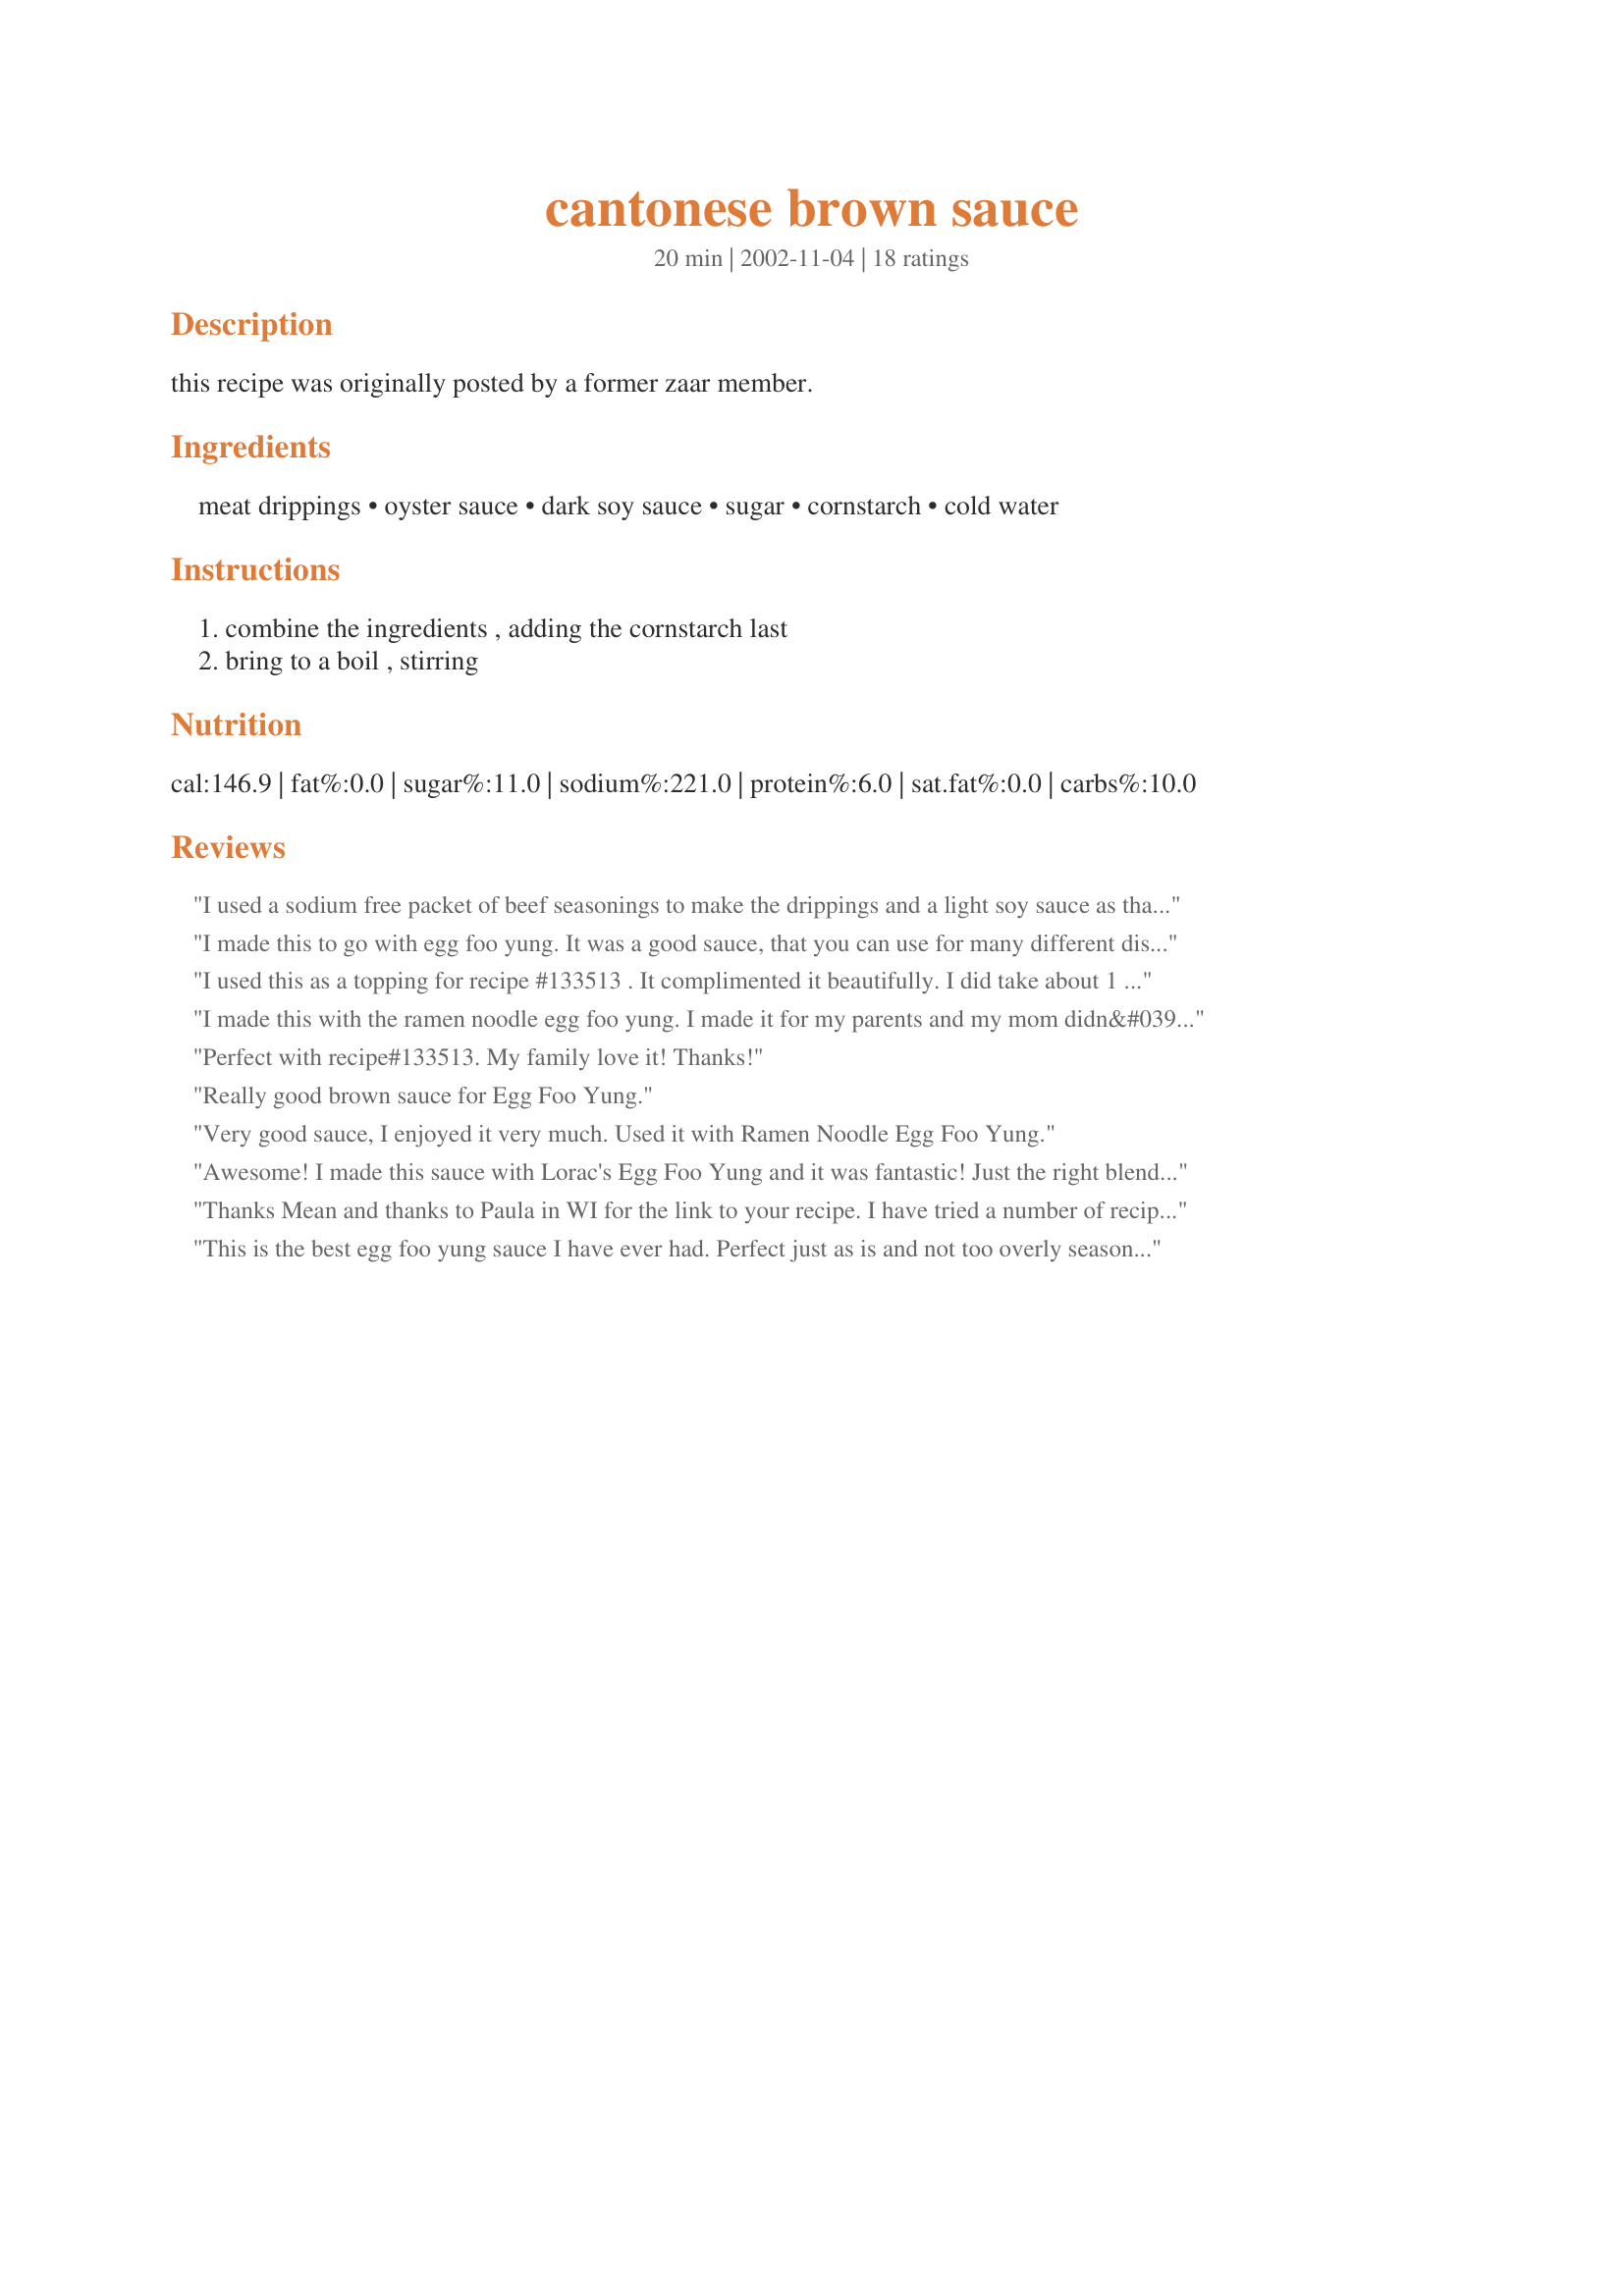
cantonese brown sauce
Preparation time: 20 minutes

this recipe was originally posted by a former zaar member.

Ingredients:
meat drippings, oyster sauce, dark soy sauce, sugar, cornstarch, cold water

Steps:
combine the ingredients , adding the cornstarch last, bring to a boil , stirring

Reviews:
I used a sodium free packet of beef seasonings to make the drippings and a light soy sauce as that is what I had on hand. Made this to accompany recipe#133513.
I made this to go with egg foo yung. It was a good sauce, that you can use for many different dishes....thanks for posting. Stephanie
I used this as a topping for recipe #133513 . It complimented it beautifully. I did take about 1 t. of minced garlic and sauteed it lightly in a bit of oil (draining well after it was cooked) before adding the other ingredients. It has a subtle rich flavor that was quite good.
I made this with the ramen noodle egg foo yung. I made it for my parents and my mom didn&#039;t have beef bouillon or beef broth, but she had chicken bouillon instead. It came out absolutely yummy!
Perfect with recipe#133513. My family love it! Thanks!
Really good brown sauce for Egg Foo Yung.
Very good sauce, I enjoyed it very much. Used it with Ramen Noodle Egg Foo Yung.
Awesome! I made this sauce with Lorac's Egg Foo Yung and it was fantastic! Just the right blend of flavors. Thanks Mean Chef!
Thanks Mean and thanks to Paula in WI for the link to your recipe. I have tried a number of recipes that would have benefitted from the flavorful finish that your brown sauce provides!
This is the best egg foo yung sauce I have ever had. Perfect just as is and not too overly seasoned or salty.
It comes as a bit of an embarrassment that this recipe was posted by the first owner of the recipe in response to a recipe request I made in 2002. Shamefully, I had forgotten about it. It came to light again just this week while making Potscrubber's Ramen Noodle Egg Foo Yung. I finally made the sauce recipe to accompany Potsie's recipe, as he suggested. For the bottom line, the sauce was good, but a tad salty for me, so I would cut back a little on the oyster sauce by about a teaspoon if I made this again. Thanks for posting. ~Sue
I've just made this up ready to have on some egg foo yung for lunch. Really nice sauce. Instead of cooking on the stove top I cooked in the microwave in my pyrex jug. Thanks for posting.
We enjoyed this sauce a lot. I was making Recipe #133513 and on the chef's recommendation made this sauce to go with it. I will be using the sauce often for other things too. I used homemade beef stock and didn't have a problem with saltiness. Thanks for sharing the recipe!
I made this to go with Pot Scrubber's Ramen Noodle Egg Foo Young and it was great! I added 1/4 teaspoon of dried ginger to spice it up a bit. Easy to make and delicious.
I am sorry to give this a lower rating than others have, but I just made it exactly as directed, and I was disappointed with its overall bland flavor. I ended up adding some dark sesame oil to perk it up a bit, but it still wasn't what I had expected, tho it did improve it just a tad. I did not use it for egg foo yung, but rather with stir fried veggies, and maybe that was where my problem was. It wasn't bad, it just didn't do much for the veggies, and I really wanted it to work. Neither my DH nor I think we want to use it again, at least not for veggies. For those who want to try it, I have to say that it is a very easy recipe to follow, and it took less than 10 minutes from start to finish.
Great sauce. My take on it is to dismiss the oyster sauce. I use 3/4 cup water, add 1 or 2 tsp. Better Than Bouillon Beef Flavor. Add a small splash of fish sauce, a small splash of vinegar, a couple small pinches sugar, 1 or 2 chopped Thai chilies and lotsa freshly ground black pepper then follow with the cornstarch. Yum, yum.
This was just OK. I think it would be better for a single person. Easy to fix, but my DH didn't think it was great. I liked it OK.
I really enjoyed this sauce, but I thought it needed a little more spice in it. I think next time, I'm going to add some garlic and red pepper - make it a bit spicier. This was great with #133513. It wasn't terribly salty, though, as I used the lower sodium soy sauce instead. I typically do because I don't like a lot of salt. Anyway, thanks for posting this recipe! I know I can use this is a great base for lots of stuff!
